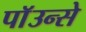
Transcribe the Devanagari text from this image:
पाॅउन्से